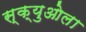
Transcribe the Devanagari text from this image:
स्क्युओला